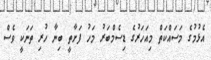
އެޅުމުގެ މަސައްކަތް މިއަހަރުގެ ޑިސެމްބަރު މަހު ފަށާތީ ބިނާ ހުރި ތަނަކީ ވެސް